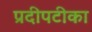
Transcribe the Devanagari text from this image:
प्रदीपटीका